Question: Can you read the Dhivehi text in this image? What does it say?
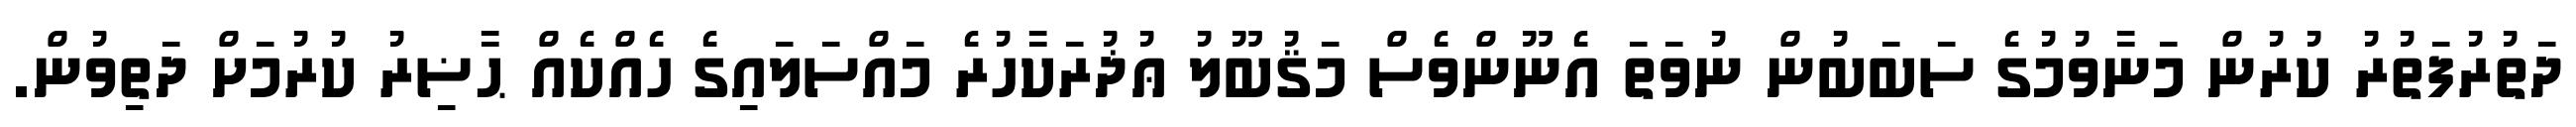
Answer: ދަތުރުފަތުރު ކުރުން މަނާވުމުގެ ސަބަބުން ނުވަތަ އެނޫންވެސް މަޤުބޫލު ޢުޛުރަކާހުރެ މައްސަލައިގެ ހެއްކެއް ޙާޟިރު ކުރުމަށް ދަތިވުން.